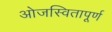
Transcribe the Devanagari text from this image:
ओजस्वितापूर्ण